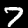
Label: 7